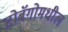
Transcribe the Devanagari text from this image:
टोबॅगोमधील